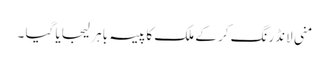
منی لانڈرنگ کر کے ملک کا پیسہ باہر لیجایا گیا ۔